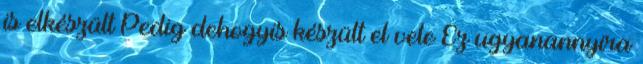
is elkészült Pedig dehogyis készült el vele Ez ugyanannyira